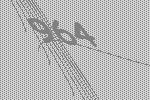
964